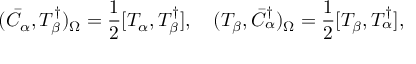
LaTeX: ( \bar { C } _ { \alpha } , { \cal T } _ { \beta } ^ { \dagger } ) _ { \Omega } = \frac { 1 } { 2 } [ { \cal T } _ { \alpha } , { \cal T } _ { \beta } ^ { \dagger } ] , \quad ( { \cal T } _ { \beta } , \bar { C } _ { \alpha } ^ { \dagger } ) _ { \Omega } = \frac { 1 } { 2 } [ { \cal T } _ { \beta } , { \cal T } _ { \alpha } ^ { \dagger } ] ,